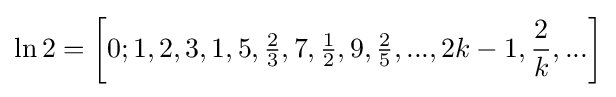
\ln 2=\left[0;1,2,3,1,5,{\tfrac {2}{3}},7,{\tfrac {1}{2}},9,{\tfrac {2}{5}},...,2k-1,{\frac {2}{k}},...\right]